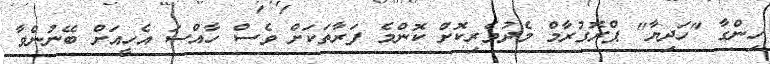
ހިންގާ "ހަދިޔާ" ޕްރޮގުރާމް މެދުވެރިކޮށް ކޮންމެ ފަރާތަކަށް ވެސް ހާއްސަ އެހީއަށް ބޭނުންވާ